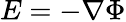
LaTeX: E=-\nabla\Phi